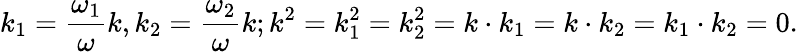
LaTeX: k_{1}={\frac{\omega_{1}}{\omega}}k,k_{2}={\frac{\omega_{2}}{\omega}}k;k^{2}=k_{1}^{2}=k_{2}^{2}=k\cdot k_{1}=k\cdot k_{2}=k_{1}\cdot k_{2}=0.